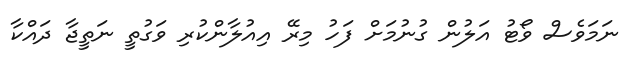
ނަމަވެސް ވޯޓު އަލުން ގުނުމަށް ފަހު މިރޭ އިއުލާންކުރި ވަގުތީ ނަތީޖާ ދައްކާ